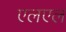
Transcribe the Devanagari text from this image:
एलएल